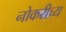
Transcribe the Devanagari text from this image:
नोकरीच्य